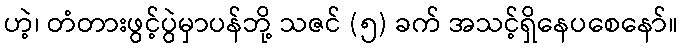
ဟဲ့၊ တံတားဖွင့်ပွဲမှာပန်ဘို့ သဇင် (၅) ခက် အသင့်ရှိနေပစေနော်။